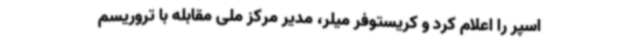
اسپر را اعلام کرد و کریستوفر میلر، مدیر مرکز ملی مقابله با تروریسم